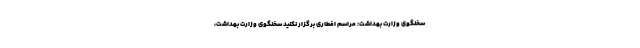
سخنگوی وزارت بهداشت: مراسم افطاری برگزار نکنید سخنگوی وزارت بهداشت،